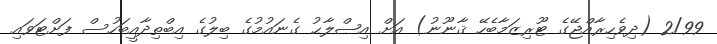
2/99 (ދިވެހިރާއްޖޭގެ ޓޫރިޒަމާބެހޭ ޤާނޫނު) އަށް އިޞްލާޙު ގެނައުމުގެ ބިލުގެ އިބްތިދާއީބަހުސް ފަށްޓަވައި